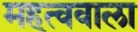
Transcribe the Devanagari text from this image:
महत्ववाला